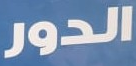
الدور